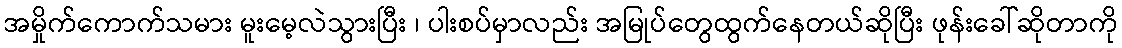
အမှိုက်ကောက်သမား မူးမေ့လဲသွားပြီး ၊ ပါးစပ်မှာလည်း အမြုပ်တွေထွက်နေတယ်ဆိုပြီး ဖုန်းခေါ်ဆိုတာကို